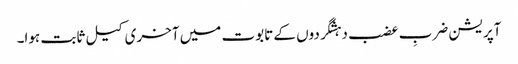
آپریشن ضربِ عضب دہشگردوں کے تابوت میں آخری کیل ثابت ہوا۔